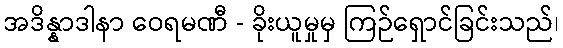
အဒိန္နာဒါနာ ဝေရမဏီ - ခိုးယူမှုမှ ကြဉ်ရှောင်ခြင်းသည်၊